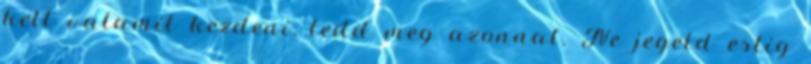
kell valamit kezdeni, tedd meg azonnal. Ne jegeld estig